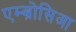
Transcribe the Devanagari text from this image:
एम्ब्रोसिआ